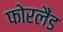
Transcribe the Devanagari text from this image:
फोरलैंड